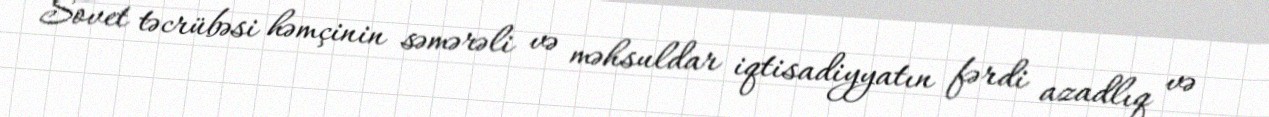
Sovet təcrübəsi həmçinin səmərəli və məhsuldar iqtisadiyyatın fərdi azadlıq və